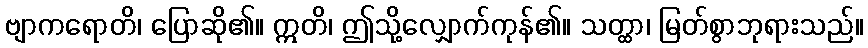
ဗျာကရောတိ၊ ပြောဆို၏။ ဣတိ၊ ဤသို့လျှောက်ကုန်၏။ သတ္ထာ၊ မြတ်စွာဘုရားသည်။